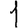
Digit: 1